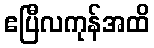
ဧပြီလကုန်အထိ